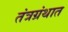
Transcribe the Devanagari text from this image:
तंत्रग्रंथात